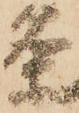
条